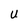
Character: U